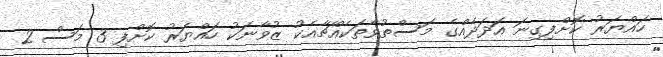
ހައްޔަރު ކޮށްފިގިނަ އަދަދެއްގެ މަސްތުވާތަކެއްޗާއެކު ޒުވާނަކު ހައްޔަރު ކޮށްފި 3 މަސް 2